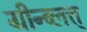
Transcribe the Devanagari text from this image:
ग्रीन्ब्लत्त्